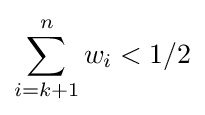
\sum _{i=k+1}^{n}w_{i}<1/2